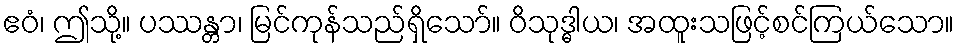
ဧဝံ၊ ဤသို့။ ပဿန္တာ၊ မြင်ကုန်သည်ရှိသော်။ ဝိသုဒ္ဓါယ၊ အထူးသဖြင့်စင်ကြယ်သော။